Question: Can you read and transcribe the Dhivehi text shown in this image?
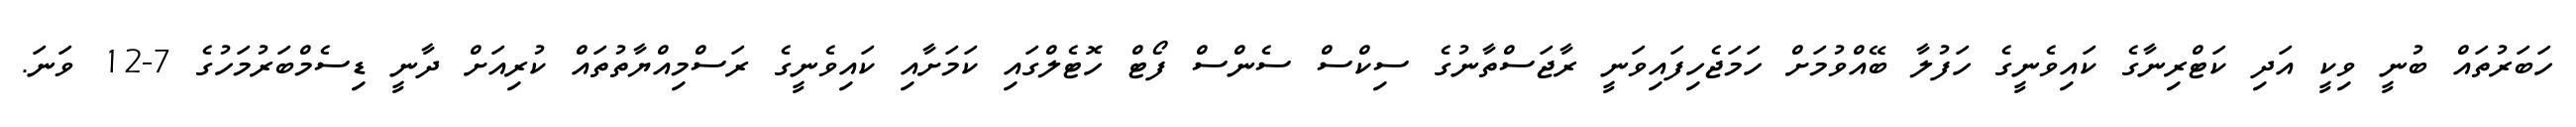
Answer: ހަބަރުތައް ބުނީ ވިކީ އަދި ކަޓްރިނާގެ ކައިވެނީގެ ހަފުލާ ބޭއްވުމަށް ހަމަޖެހިފައިވަނީ ރާޖަސްތާނުގެ ސިކްސް ސެންސް ފޯޓް ހޮޓެލްގައި ކަމަށާއި ކައިވެނީގެ ރަސްމިއްޔާތުތައް ކުރިއަށް ދާނީ ޑިސެމްބަރުމަހުގެ 7-12 ވަނަ.